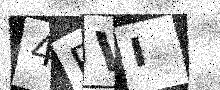
Text: 4PVI